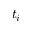
t _ { i }